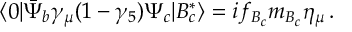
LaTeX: \langle 0 | \bar { \Psi } _ { b } \gamma _ { \mu } ( 1 - \gamma _ { 5 } ) \Psi _ { c } | B _ { c } ^ { * } \rangle = i f _ { B _ { c } } m _ { B _ { c } } \eta _ { \mu } \, .